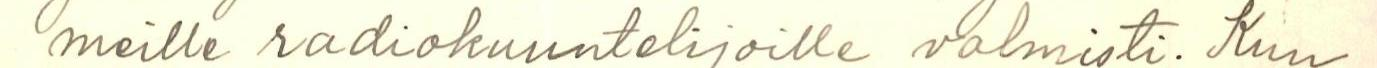
meille radiokuuntelijoille valmisti. Kun